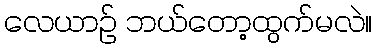
လေယာဉ် ဘယ်တော့ထွက်မလဲ။